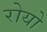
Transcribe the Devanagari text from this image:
रोयो